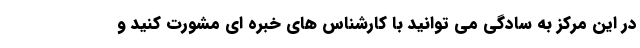
در این مرکز به سادگی می توانید با کارشناس های خبره ای مشورت کنید و